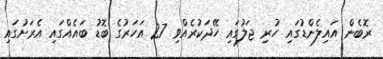
ރޮބެން އައިލެންޑުގައި ހުރި ޖަލުގައި ހޭދަކުރެއްވި 27 އަހަރުގެ ބޮޑު ބައެއްގައި އެރަށުގައި